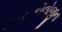
સાયકોલોજીના